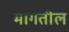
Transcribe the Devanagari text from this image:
मागतील